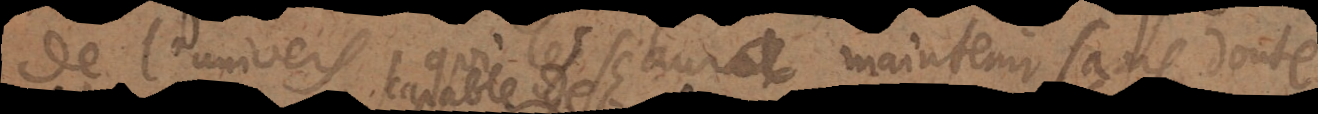
de l’univers, qui les sçaura maintenir sans doute